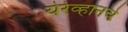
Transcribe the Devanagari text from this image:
येरेव्हानचे